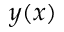
y ( x )